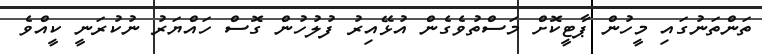
ތަންތަނުގައި މީހުން ޕާޓީކޮށް މަސްތުވެގެން އުޅޭއިރު ފުލުހުން ގޮސް ހައްޔަރު ނުކުރަނީ ކީއްވެ